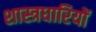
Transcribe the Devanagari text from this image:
शास्त्रधारियों